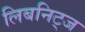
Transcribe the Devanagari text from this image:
लिबनिट्ज